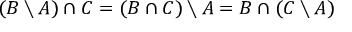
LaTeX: ( B \setminus A ) \cap C = ( B \cap C ) \setminus A = B \cap ( C \setminus A )